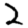
Digit: 2